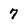
Character: 7